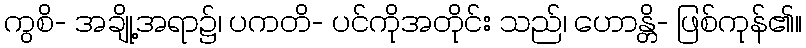
ကွစိ- အချို့အရာ၌၊ ပကတိ- ပင်ကိုအတိုင်း သည်၊ ဟောန္တိ- ဖြစ်ကုန်၏။